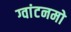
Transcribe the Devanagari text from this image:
ग्वांटनमो